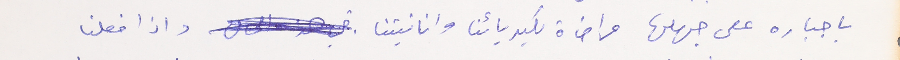
باجباره على جهلها مراضاة لكبريائنا وانانيتنا واذا فعلنا